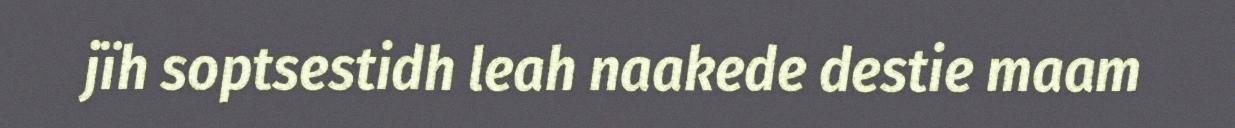
jïh soptsestidh leah naakede destie maam